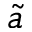
\tilde { a }